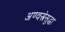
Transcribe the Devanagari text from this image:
अण्वस्त्रेसुद्धा